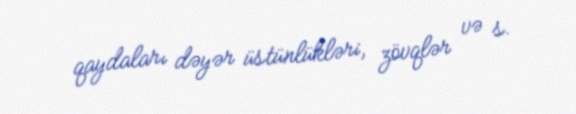
qaydaları dəyər üstünlükləri, zövqlər və s.